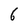
Character: 6